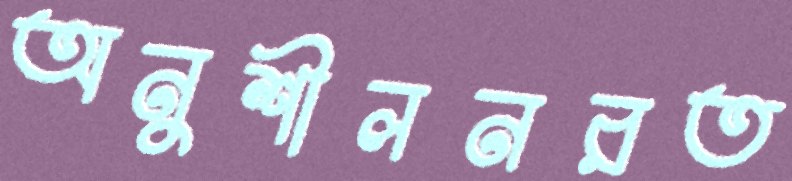
অনুশীলনরত